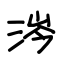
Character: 涔